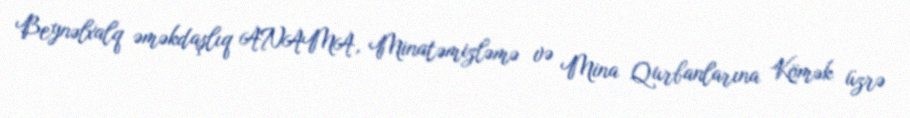
Beynəlxalq əməkdaşlıq ANAMA, Minatəmizləmə və Mina Qurbanlarına Kömək üzrə